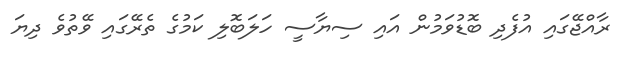
ރާއްޖޭގައި އުފެދި ބޮޑުވަމުން އައި ސިޔާސީ ހަލަބޮލި ކަމުގެ ތެރޭގައި ވޭތުވެ ދިޔަ